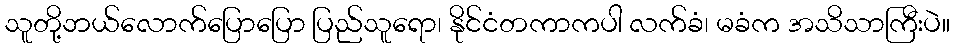
သူတို့ဘယ်လောက်ပြောပြော ပြည်သူရော၊ နိုင်ငံတကာကပါ လက်ခံ၊ မခံက အသိသာကြီးပဲ။